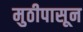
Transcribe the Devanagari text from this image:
मुठीपासून